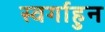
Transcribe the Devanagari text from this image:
स्वर्गाहुन